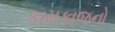
કામકાજનો